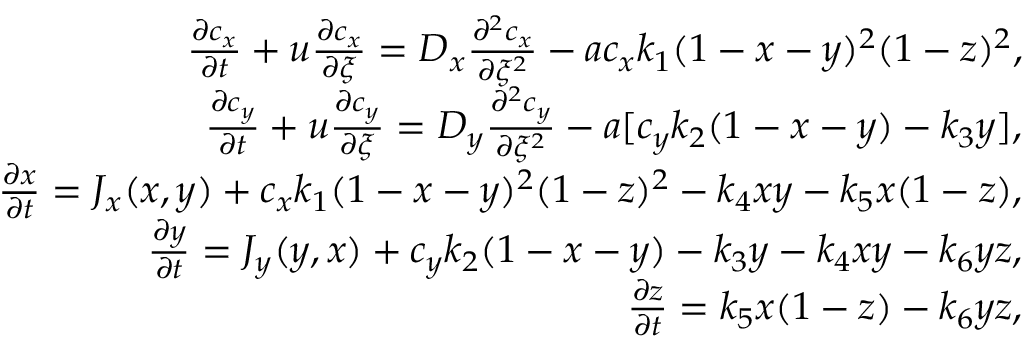
\begin{array} { r l r } & { } & { \frac { \partial c _ { x } } { \partial t } + u \frac { \partial c _ { x } } { \partial \xi } = D _ { x } \frac { \partial ^ { 2 } c _ { x } } { \partial \xi ^ { 2 } } - a c _ { x } k _ { 1 } ( 1 - x - y ) ^ { 2 } ( 1 - z ) ^ { 2 } , } \\ & { } & { \frac { \partial c _ { y } } { \partial t } + u \frac { \partial c _ { y } } { \partial \xi } = D _ { y } \frac { \partial ^ { 2 } c _ { y } } { \partial \xi ^ { 2 } } - a [ c _ { y } k _ { 2 } ( 1 - x - y ) - k _ { 3 } y ] , } \\ & { } & { \frac { \partial x } { \partial t } = J _ { x } ( x , y ) + c _ { x } k _ { 1 } ( 1 - x - y ) ^ { 2 } ( 1 - z ) ^ { 2 } - k _ { 4 } x y - k _ { 5 } x ( 1 - z ) , } \\ & { } & { \frac { \partial y } { \partial t } = J _ { y } ( y , x ) + c _ { y } k _ { 2 } ( 1 - x - y ) - k _ { 3 } y - k _ { 4 } x y - k _ { 6 } y z , } \\ & { } & { \frac { \partial z } { \partial t } = k _ { 5 } x ( 1 - z ) - k _ { 6 } y z , } \end{array}